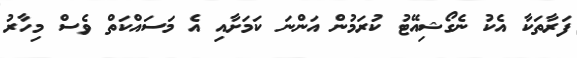
ފަރާތަކާ އެކު ނެގޯޝިއޭޓު ކުރަމުން އަންނަ ކަމަށާއި އެ މަސައްކަތް ވެސް މިހާރު